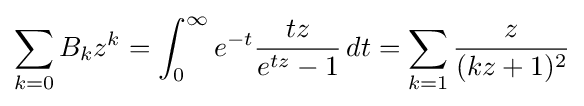
\sum _{k=0}B_{k}z^{k}=\int _{0}^{\infty }e^{-t}{\frac {tz}{e^{tz}-1}}\,dt=\sum _{k=1}{\frac {z}{(kz+1)^{2}}}